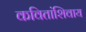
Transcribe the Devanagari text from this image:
कवितांशिवाय